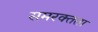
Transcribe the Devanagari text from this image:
समरक्तता